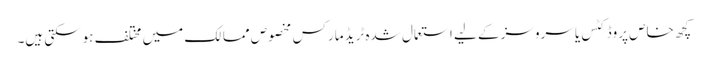
کچھ خاص پروڈکٹس یا سروسز کے لیے استعمال شدہ ٹریڈ مارکس مخصوص ممالک میں مختلف ہوسکتی ہیں۔